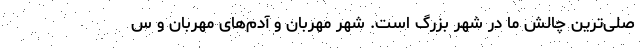
صلی‌ترین چالش ما در شهر بزرگ است. شهر مهربان و آدم‌های مهربان و س